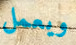
ويعمل